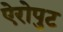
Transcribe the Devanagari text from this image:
ऐरोपुट